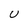
Character: U